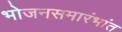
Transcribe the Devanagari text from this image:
भोजनसमारंभांत